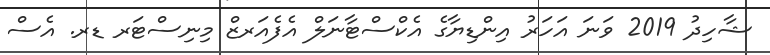
ޝާހިދު 2019 ވަނަ އަހަރު އިންޑިޔާގެ އެކްސްޓާނަލް އެފެއަރޒް މިނިސްޓަރ ޑރ. އެސް